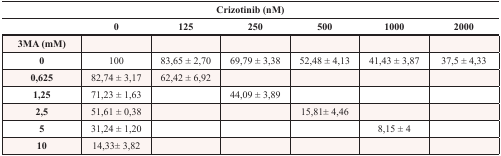
| <COLSPAN=7> Crizotinib (nM) |
 |  | 0 | 125 | 250 | 500 | 1000 | 2000 |
 | --- | --- | --- | --- | --- | --- | --- |
 | 3MA (mM) |  |  |  |  |  |  |
 | 0 | 100 | 83,65 ± 2,70 | 69,79 ± 3,38 | 52,48 ± 4,13 | 41,43 ± 3,87 | 37,5 ± 4,33 |
 | 0,625 | 82,74 ± 3,17 | 62,42 ± 6,92 |  |  |  |  |
 | 1,25 | 71,23 ± 1,63 |  | 44,09 ± 3,89 |  |  |  |
 | 2,5 | 51,61 ± 0,38 |  |  | 15,81± 4,46 |  |  |
 | 5 | 31,24 ± 1,20 |  |  |  | 8,15 ± 4 |  |
 | 10 | 14,33± 3,82 |  |  |  |  |  |